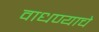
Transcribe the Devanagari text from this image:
वाधण्याचे